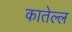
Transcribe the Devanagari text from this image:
कातेल्ल